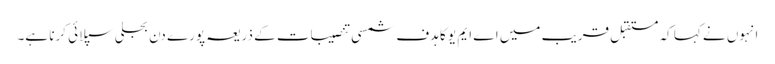
انہوں نے کہا کہ مستقبل قریب میں اے ایم یو کا ہدف شمسی تنصیبات کے ذریعہ پورے دن بجلی سپلائی کرنا ہے۔